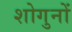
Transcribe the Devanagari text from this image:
शोगुनों